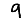
Digit: 9